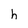
Character: h